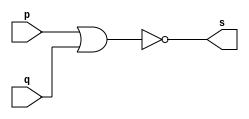
 
// ------------------------- 
// Exemplo0007 - NOR 
// Nome: Mateus Augusto Moraes Ferreira
// ------------------------- 
 
// ------------------------- 
// -- nor gate 
// ------------------------- 
module norgate ( output s, 
                            input   p, q); 
 assign s = (~(p | q)); 
endmodule // norgate 
 
// --------------------- 
// -- test nor gate 
// --------------------- 
module testnorgate; 
// ------------------------- dados locais 
   reg   a, b; // definir registradores 
   wire  s;    // definir conexao (fio) 
// ------------------------- instancia 
   norgate NOR1 (s, a, b); 
// ------------------------- preparacao 
   initial begin:start 
      a=0; b=0; 
   end 
 
 // ------------------------- parte principal 
 
   initial begin 
      $display("Exemplo0007 - Mateus Augusto Moraes Ferreira - 435669"); 
      $display("Test NOR gate"); 
      $display("\n~(a | b) = s\n");  
      $monitor("%b | %b = %b", a, b, s); 
  #1  a=0; b=0; 
  #1  a=0; b=1; 
  #1  a=1; b=0;   
  #1  a=1; b=1; 
   
 end 
 
endmodule // testnorgate